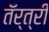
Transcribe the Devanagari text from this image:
तॅर्त्री